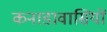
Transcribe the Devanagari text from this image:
कनाडावासियों